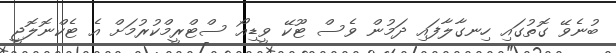
ބުނެވޭ ގޮތުގައި ހިނގާލާފައި ދަމުން ވެސް ޓޫކޭ ވީޑިއޯ ސްޓްރީމްކުރުމަށް އެ ޓެކްނޮލޮޖީ